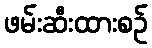
ဖမ်းဆီးထားစဉ်